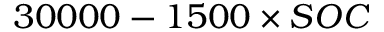
3 0 0 0 0 - 1 5 0 0 \times S O C